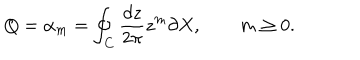
LaTeX: Q = \alpha _ { m } = \oint _ { C } \frac { d z } { 2 \pi } z ^ { m } \partial X , \qquad m \geq 0 .